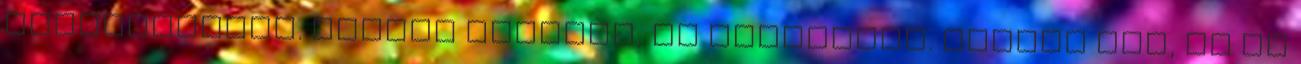
feleslegesen. Akinek tetszik, az hallgassa. Akinek nem, az ne